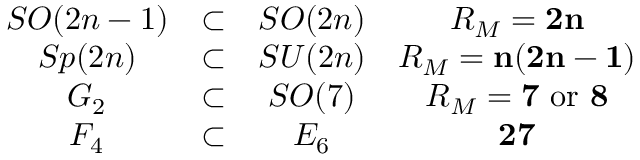
\begin{array} { c c c c c } { { } } & { { S O ( 2 n - 1 ) } } & { { \subset } } & { { S O ( 2 n ) } } & { { R _ { M } = { \bf 2 n } } } \\ { { } } & { { S p ( 2 n ) } } & { { \subset } } & { { S U ( 2 n ) } } & { { R _ { M } = { \bf n ( 2 n - 1 ) } } } \\ { { } } & { { G _ { 2 } } } & { { \subset } } & { { S O ( 7 ) } } & { { R _ { M } = { \bf 7 } \mathrm { \ o r \ } { \bf 8 } } } \\ { { } } & { { F _ { 4 } } } & { { \subset } } & { { E _ { 6 } } } & { { { \bf 2 7 } } } \end{array}